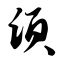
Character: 顷